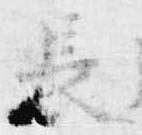
長